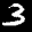
Label: 3